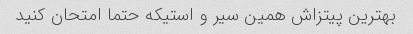
بهترین پیتزاش همین سیر و استیکه حتما امتحان کنید